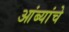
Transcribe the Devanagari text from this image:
आंब्यांचे